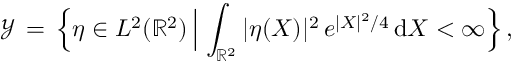
\mathcal { Y } \, = \, \Bigl \{ \eta \in L ^ { 2 } ( \mathbb { R } ^ { 2 } ) \, \Big | \, \int _ { \mathbb { R } ^ { 2 } } | \eta ( X ) | ^ { 2 } \, e ^ { | X | ^ { 2 } / 4 } \, \mathrm { d } X < \infty \Bigr \} \, ,